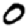
Digit: 0